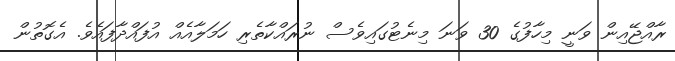
ރާއްޖޭއިން ވަނީ މިހާފުގެ 30 ވަނަ މިނެޓުގައިވެސް ނުރައްކާތެރި ހަމަލާއެއް އުފައްދާފައެވެ. އެގޮތުން